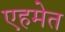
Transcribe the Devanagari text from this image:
एहमेत